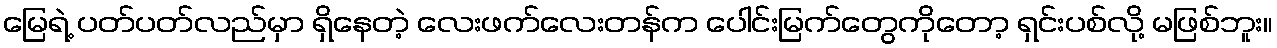
မြေရဲ့ ပတ်ပတ်လည်မှာ ရှိနေတဲ့ လေးဖက်လေးတန်က ပေါင်းမြက်တွေကိုတော့ ရှင်းပစ်လို့ မဖြစ်ဘူး။